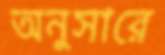
অনুসারে